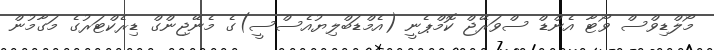
މޯލްޑިވްސް ވޯޓާ އެންޑް ސްވަރޭޖް ކޮމްޕެނީ (އެމްޑަބްލިޔުއެސްސީ)ގެ މެނޭޖިންގް ޑިރެކްޓަރުގެ މަގާމުން